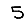
Digit: 5